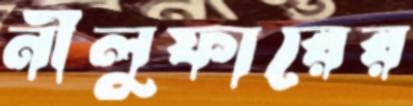
নীলুফারের